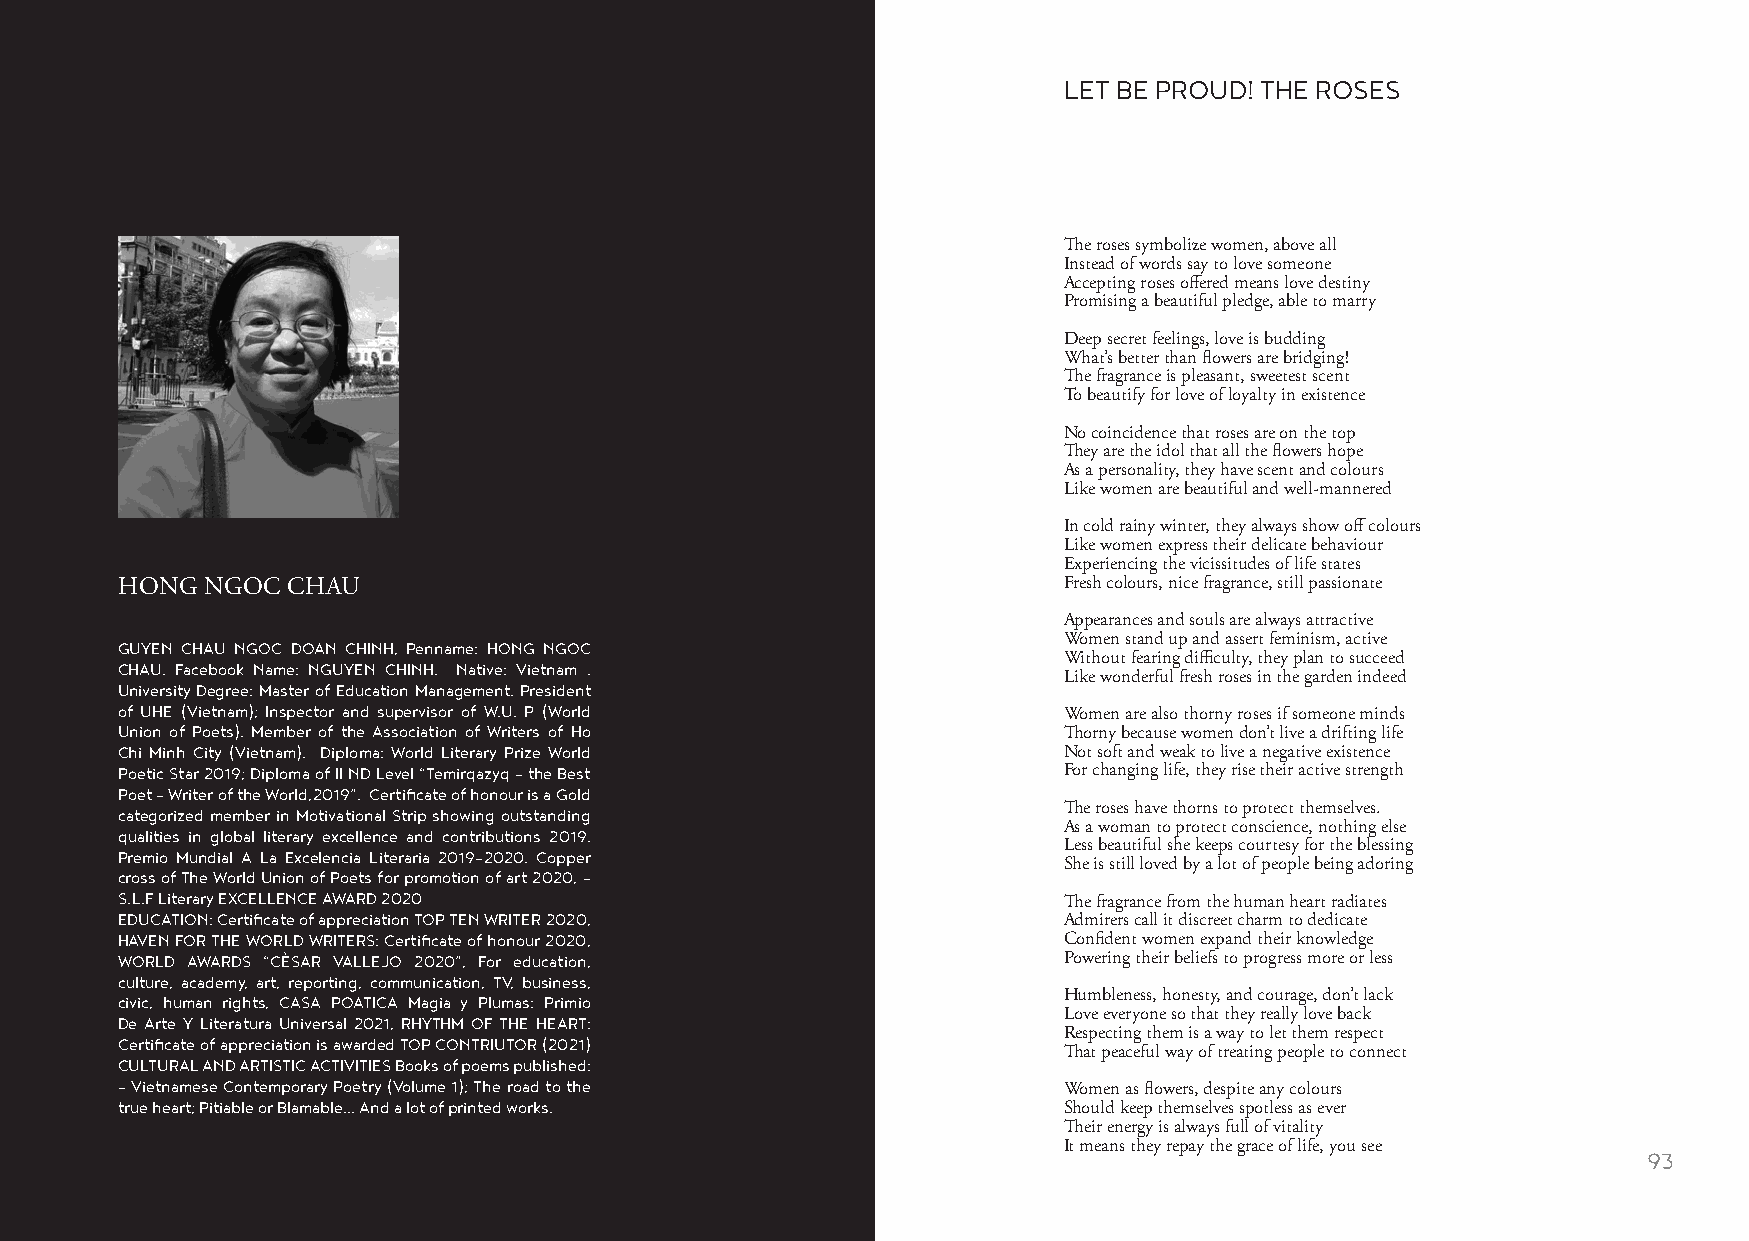
LET BE PROUD! THE ROSES
 The roses symbolize women, above all
 Instead of words say to love someone
 Accepting roses offered means love destiny
 Promising a beautiful pledge, able to marry
 Deep secret feelings, love is budding
 What’s better than flowers are bridging!
 The fragrance is pleasant, sweetest scent
 To beautify for love of loyalty in existence
 No coincidence that roses are on the top
 They are the idol that all the flowers hope
 As a personality, they have scent and colours
 Like women are beautiful and well-mannered
 In cold rainy winter, they always show off colours
 Like women express their delicate behaviour
 Experiencing the vicissitudes of life states
 HONG  NGOC CHAU                                               Fresh colours, nice fragrance, still passionate
 Appearances and souls are always attractive
 Women stand up and assert feminism, active
 GUYEN CHAU NGOC DOAN CHINH, Penname: HONG NGOC
 Without fearing difficulty, they plan to succeed
 CHAU. Facebook Name: NGUYEN CHINH. Native: Vietnam .
 Like wonderful fresh roses in the garden indeed
 University Degree: Master of Education Management. President
 of UHE (Vietnam); Inspector and supervisor of W.U. P (World   Women are also thorny roses if someone minds
 Union of Poets). Member of the Association of Writers of Ho   Thorny because women don’t live a drifting life
 Chi Minh City (Vietnam). Diploma: World Literary Prize World  Not soft and weak to live a negative existence
 Poetic Star 2019; Diploma of II ND Level “Temirqazyq – the Best For changing life, they rise their active strength
 Poet – Writer of the World,2019”. Certificate of honour is a Gold
 categorized member in Motivational Strip showing outstanding  The roses have thorns to protect themselves.
 As a woman to protect conscience, nothing else
 qualities in global literary excellence and contributions 2019.
 Less beautiful she keeps courtesy for the blessing
 Premio Mundial A La Excelencia Literaria 2019-2020. Copper
 She is still loved by a lot of people being adoring
 cross of The World Union of Poets for promotion of art 2020, -
 S.L.F Literary EXCELLENCE AWARD 2020                          The fragrance from the human heart radiates
 EDUCATION: Certificate of appreciation TOP TEN WRITER 2020,   Admirers call it discreet charm to dedicate
 HAVEN FOR THE WORLD WRITERS: Certificate of honour 2020,      Confident women expand their knowledge
 WORLD AWARDS “CÈSAR VALLEJO 2020”, For education,             Powering their beliefs to progress more or less
 culture, academy, art, reporting, communication, TV, business,
 civic, human rights, CASA POATICA Magia y Plumas: Primio      Humbleness, honesty, and courage, don’t lack
 Love everyone so that they really love back
 De Arte Y Literatura Universal 2021, RHYTHM OF THE HEART:
 Respecting them is a way to let them respect
 Certificate of appreciation is awarded TOP CONTRIUTOR (2021)
 That peaceful way of treating people to connect
 CULTURAL AND ARTISTIC ACTIVITIES Books of poems published:
 - Vietnamese Contemporary Poetry (Volume 1); The road to the  Women as flowers, despite any colours
 true heart; Pitiable or Blamable… And a lot of printed works. Should keep themselves spotless as ever
 Their energy is always full of vitality
 It means they repay the grace of life, you see
 92                                                                                                      93